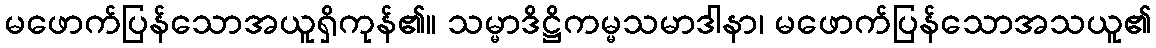
မဖောက်ပြန်သောအယူရှိကုန်၏။ သမ္မာဒိဋ္ဌိကမ္မသမာဒါနာ၊ မဖောက်ပြန်သောအသယူ၏